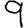
Digit: 9